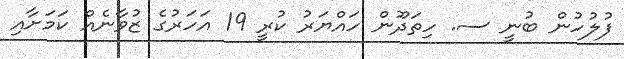
ފުލުހުން ބުނީ ސ. ހިތަދޫން ހައްޔަރު ކުރީ 19 އަހަރުގެ ޒުވާނެއް ކަމަށާއި